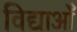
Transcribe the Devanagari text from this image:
विद्याओँ